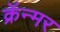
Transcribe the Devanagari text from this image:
क्रॅन्मर